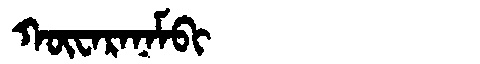
Manchu: ᡴᡡᠸᠠᡵᠠᠨᠠᠮᠪᡳ
Romanization: KŪWARANAMBI